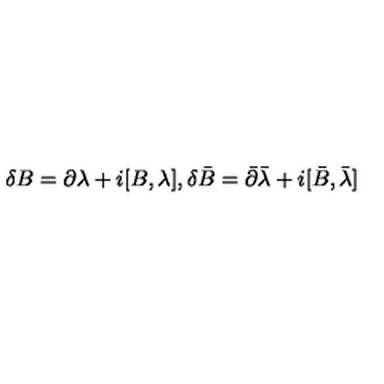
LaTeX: \delta B = \partial \lambda + i [ B , \lambda ] , \delta \bar { B } = \bar { \partial } \bar { \lambda } + i [ \bar { B } , \bar { \lambda } ]